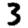
Digit: 3